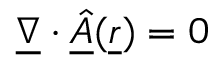
\underline { { \nabla } } \cdot \underline { { \hat { A } } } ( \underline { { r } } ) = 0